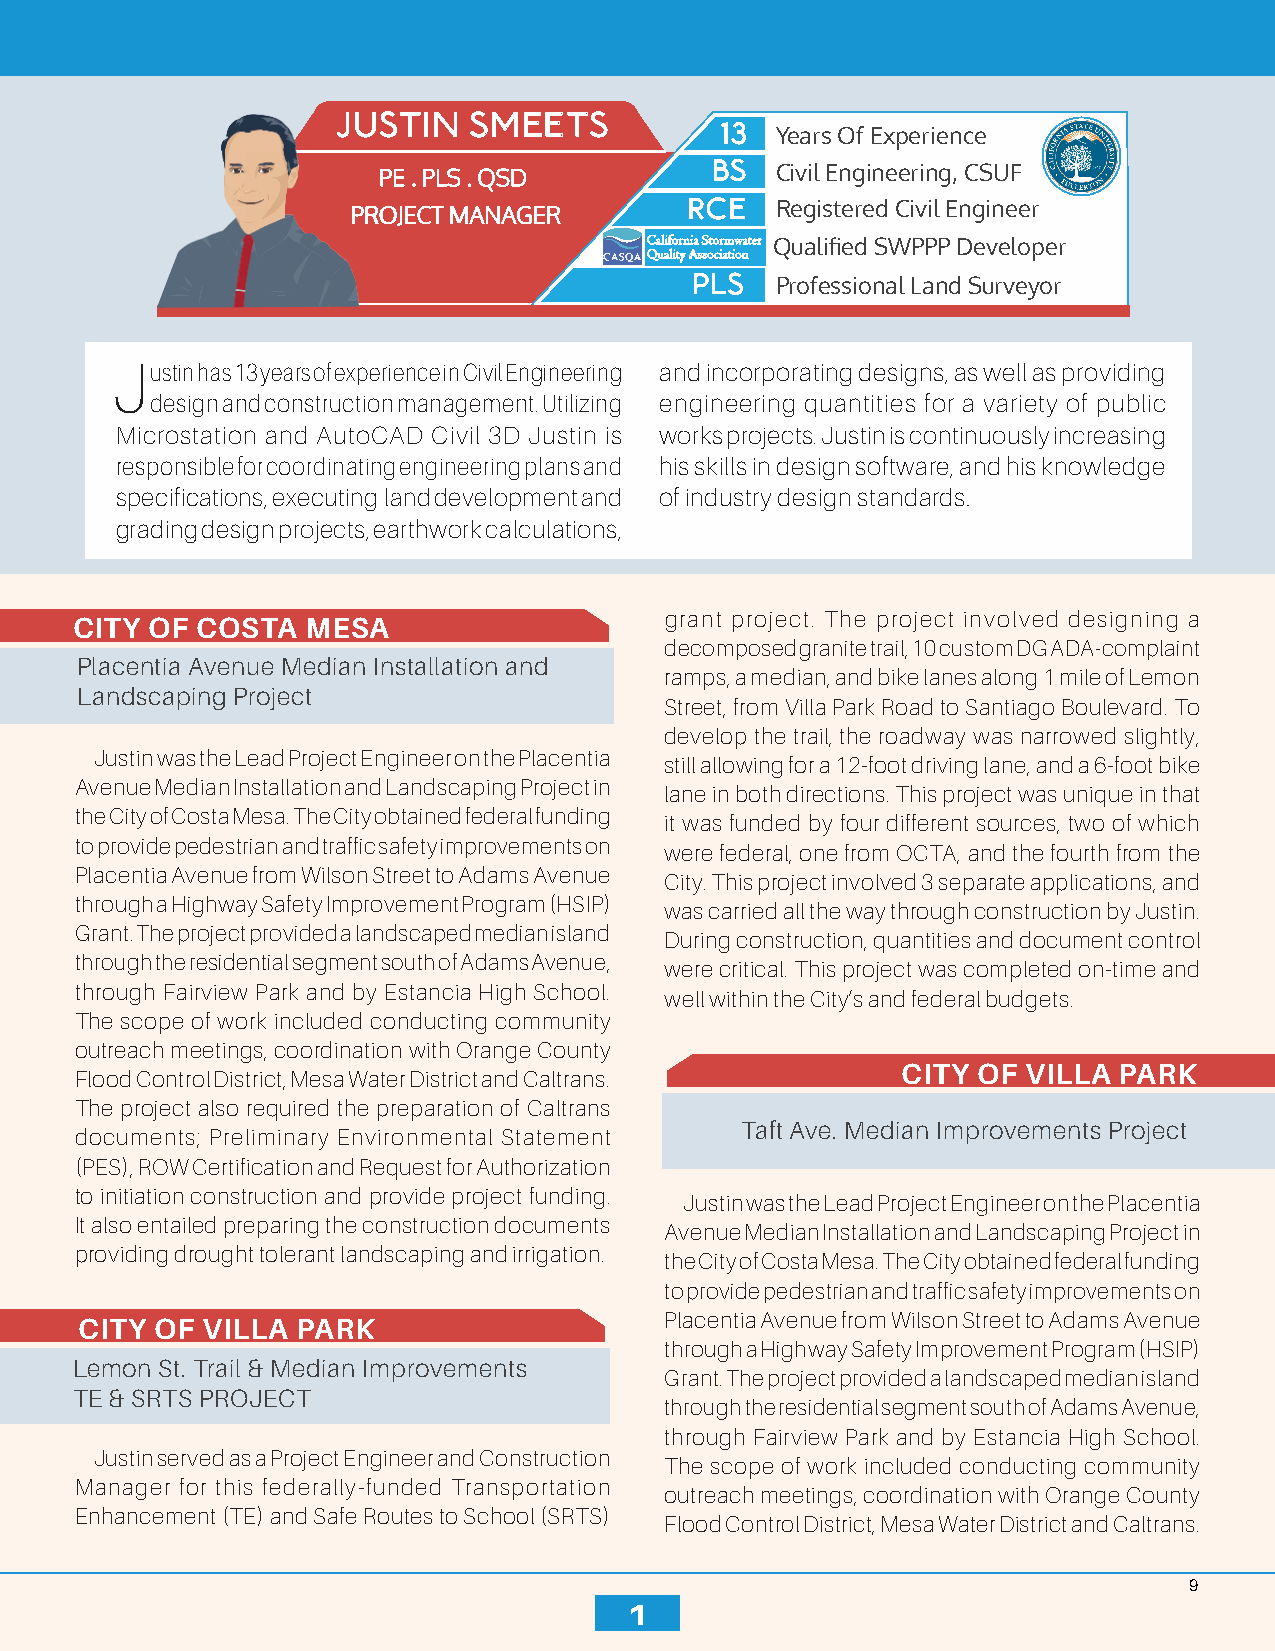
JUSTIN   SMEETS
 13
 Years Of Experience
 BS
 PE . PLS . QSD            Civil Engineering, CSUF
 RCE  Registered Civil Engineer
 PROJECT MANAGER
 California Stormwater Qualified SWPPP Developer
 Quality Association
 PLS
 Professional Land Surveyor
 Justin has 13 years of experience in Civil Engineering and incorporating designs, as well as providing
 design and construction management. Utilizing engineering quantities for a variety of public
 Microstation and AutoCAD Civil 3D Justin is works projects. Justin is continuously increasing
 responsible for coordinating engineering plans and his skills in design software, and his knowledge
 specifications, executing land development and of industry design standards.
 grading design projects, earthwork calculations,
 grant project. The project involved designing a
 CITY OF COSTA  MESA
 decomposed granite trail, 10 custom DG ADA-complaint
 Placentia Avenue Median Installation and
 ramps, a median, and bike lanes along 1 mile of Lemon
 Landscaping Project
 Street, from Villa Park Road to Santiago Boulevard. To
 develop the trail, the roadway was narrowed slightly,
 Justin was the Lead Project Engineer on the Placentia
 still allowing for a 12-foot driving lane, and a 6-foot bike
 Avenue Median Installation and Landscaping Project in
 lane in both directions. This project was unique in that
 the City of Costa Mesa. The City obtained federal funding
 it was funded by four different sources, two of which
 to provide pedestrian and traffic safety improvements on
 were federal, one from OCTA, and the fourth from the
 Placentia Avenue from Wilson Street to Adams Avenue
 City. This project involved 3 separate applications, and
 through a Highway Safety Improvement Program (HSIP)
 was carried all the way through construction by Justin.
 Grant. The project provided a landscaped median island
 During construction, quantities and document control
 through the residential segment south of Adams Avenue,
 were critical. This project was completed on-time and
 through Fairview Park and by Estancia High School.
 well within the City’s and federal budgets.
 The scope of work included conducting community
 outreach meetings, coordination with Orange County
 CITY OF VILLA PARK
 Flood Control District, Mesa Water District and Caltrans.
 The project also required the preparation of Caltrans
 Taft Ave. Median Improvements Project
 documents; Preliminary Environmental Statement
 (PES), ROW Certification and Request for Authorization
 to initiation construction and provide project funding.
 Justin was the Lead Project Engineer on the Placentia
 It also entailed preparing the construction documents
 Avenue Median Installation and Landscaping Project in
 providing drought tolerant landscaping and irrigation.
 the City of Costa Mesa. The City obtained federal funding
 to provide pedestrian and traffic safety improvements on
 CITY OF VILLA  PARK                    Placentia Avenue from Wilson Street to Adams Avenue
 through a Highway Safety Improvement Program (HSIP)
 Lemon St. Trail & Median Improvements
 Grant. The project provided a landscaped median island
 TE & SRTS PROJECT
 through the residential segment south of Adams Avenue,
 through Fairview Park and by Estancia High School.
 Justin served as a Project Engineer and Construction
 The scope of work included conducting community
 Manager for this federally-funded Transportation
 outreach meetings, coordination with Orange County
 Enhancement (TE) and Safe Routes to School (SRTS)
 Flood Control District, Mesa Water District and Caltrans.
 9
 1